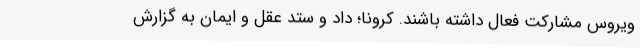
ویروس مشارکت فعال داشته باشند. کرونا؛ داد و ستد عقل و ایمان به گزارش